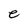
Character: e